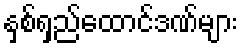
နှစ်ရှည်ထောင်ဒဏ်များ